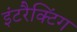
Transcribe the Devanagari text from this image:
इंटरैक्टिंग